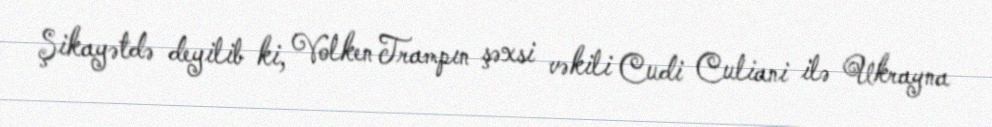
Şikayətdə deyilib ki, Volken Trampın şəxsi vəkili Cudi Culiani ilə Ukrayna